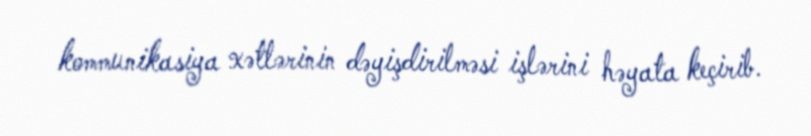
kommunikasiya xətlərinin dəyişdirilməsi işlərini həyata keçirib.